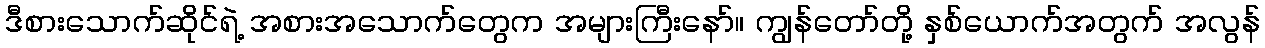
ဒီစားသောက်ဆိုင်ရဲ့ အစားအသောက်တွေက အများကြီးနော်။ ကျွန်တော်တို့ နှစ်ယောက်အတွက် အလွန်